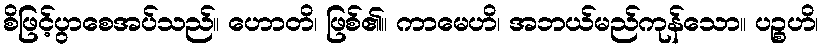
စိဖြင့်ပွာစေအပ်သည်။ ဟောတိ၊ ဖြစ်၏။ ကာမေဟိ၊ အဘယ်မည်ကုန်သော။ ပဉ္စဟိ၊